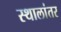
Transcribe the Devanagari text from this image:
स्थालांतर